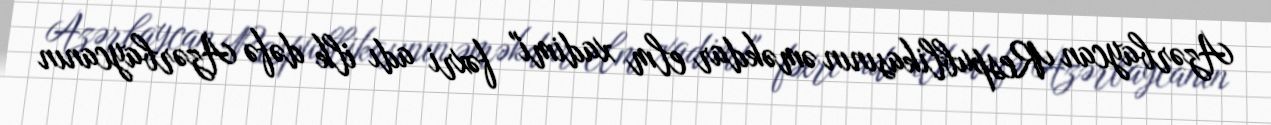
Azərbaycan Respublikasının əməkdar elm xadimi" fəxri adı ilk dəfə Azərbaycanın